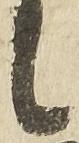
候